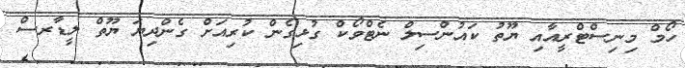
ހޯމް މިނިސްޓްރީއާއި ޔޫތު ކައުންސިލް ނެޓްވޯކް ގުޅިގެން ކުރިއަށް ގެންދިޔަ ޔޫތް ލީޑާރސް